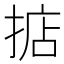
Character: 掂